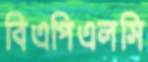
বিএপিএলসি